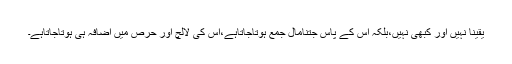
یقیناً نہیں اور کبھی نہیں،بلکہ اس کے پاس جتنامال جمع ہوتاجاتاہے،اس کی لالچ اور حرص میں اضافہ ہی ہوتاجاتاہے۔